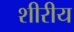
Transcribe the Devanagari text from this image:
शीरीय